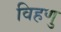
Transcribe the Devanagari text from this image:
विहणु